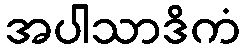
အပါသာဒိကံ